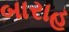
બારાહ